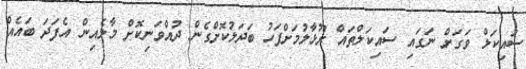
ސައިކަލް ވަގަށް ނަގައި ސައިކަލްތައް ރޫޅާލުމަށްފަހު ބަދަލުކޮށްގެން ދުއްވަނިކޮށް މާލެއިން އެފަދަ ބައެއް